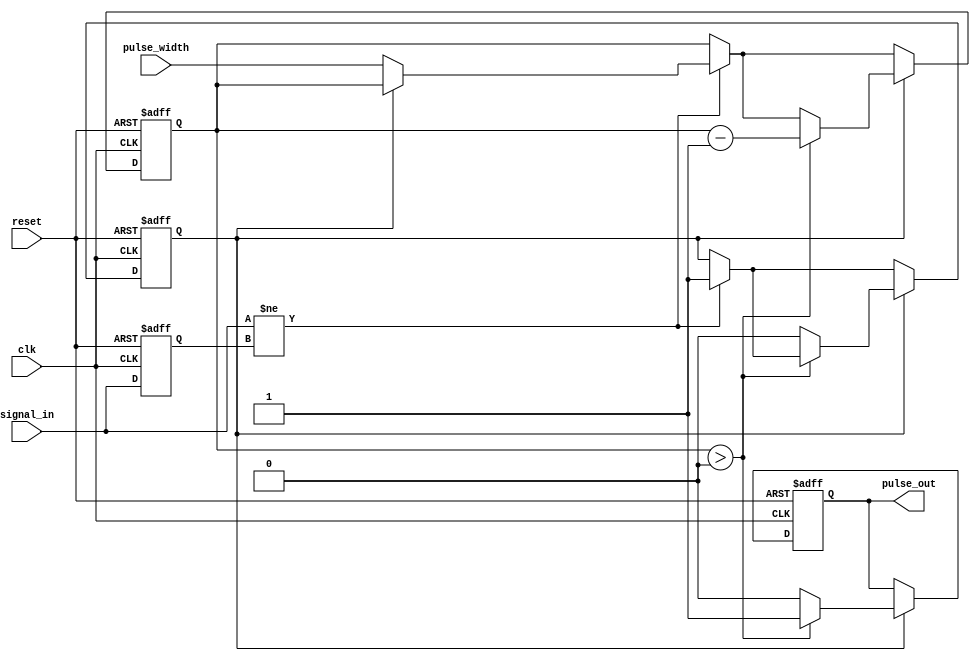
module monostable_edge_detector (
    input wire clk,           // System clock
    input wire reset,         // Asynchronous reset
    input wire signal_in,     // Input signal to detect edges
    input wire [15:0] pulse_width, // Configurable pulse width (in clock cycles)
    output reg pulse_out       // Output pulse signal
);

    // State variables
    reg prev_signal_in;        // Previous state of input signal
    reg [15:0] pulse_counter;   // Counter for generating pulse width
    reg pulse_active;          // Flag to indicate if pulse is active

    // Initialize the previous input signal and pulse output on reset
    always @(posedge clk or posedge reset) begin
        if (reset) begin
            prev_signal_in <= 1'b0;
            pulse_out <= 1'b0;
            pulse_counter <= 16'b0;
            pulse_active <= 1'b0;
        end else begin
            // Edge detection logic
            if (signal_in != prev_signal_in) begin
                // An edge is detected
                if (!pulse_active) begin
                    pulse_active <= 1'b1; // Set pulse active
                    pulse_counter <= pulse_width; // Load pulse width
                end
            end

            // Update previous state
            prev_signal_in <= signal_in;

            // Pulse generation logic
            if (pulse_active) begin
                if (pulse_counter > 0) begin
                    pulse_counter <= pulse_counter - 1; // Decrement counter
                    pulse_out <= 1'b1; // Keep pulse high
                end else begin
                    pulse_active <= 1'b0; // Reset pulse active flag
                    pulse_out <= 1'b0; // Set pulse low
                end
            end
        end
    end

endmodule